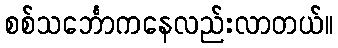
စစ်သင်္ဘောကနေလည်းလာတယ်။